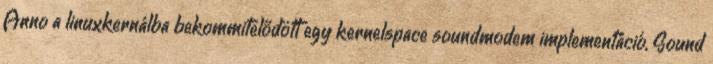
Anno a linuxkernálba bekommitelődött egy kernelspace soundmodem implementáció, Sound